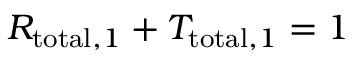
R _ { \mathrm { t o t a l } , 1 } + T _ { \mathrm { t o t a l } , 1 } = 1